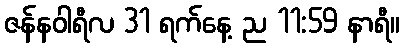
ဇန်နဝါရီလ 31 ရက်နေ့ ည 11:59 နာရီ။